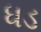
ધડ